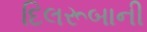
દિલરૂબાની